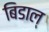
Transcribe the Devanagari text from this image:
बिडाल्